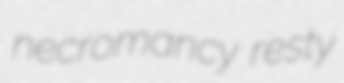
necromancy resty